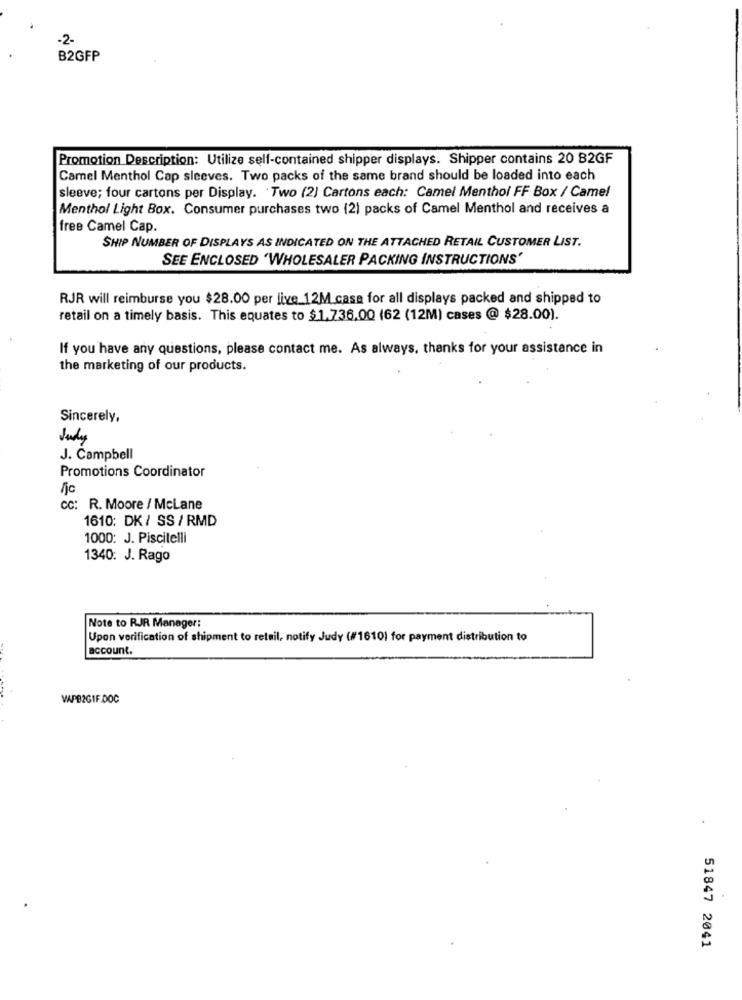
-2.
B2GFP
Promotion Description: Utilize self-contained shipper displays. Shipper contains 20 B2GF
Camel Menthol Cap sleeves. Two packs of the same brand should be loaded into each
sleeve; four cartons per Display. Two (2) Cartons each: Camel Menthol FF Box / Camel
Menthol Light Box. Consumer purchases two (2) packs of Camel Menthol and receives a
free Camel Cap.
SHIP NUMBER OF DISPLAYS AS INDICATED ON THE ATTACHED RETAIL CUSTOMER LIST.
SEE ENCLOSED 'WHOLESALER PACKING INSTRUCTIONS'
RJR will reimburse you $28.00 per live 12M casa for all displays packed and shipped to
retail on a timely basis. This equates to $1.736,00 (62 (12M) cases @ $28.00).
If you have any questions, please contact me. As always, thanks for your assistance in
the marketing of our products.
Sincerely,
Judy
J. Campbell
Promotions Coordinator
fjc
CC: R. Moore / McLane
1610: DK / SS / RMD
1000: J. Piscitelli
1340: J. Rago
Note to RJR Manager:
Upon verification of shipment to retail, notify Judy (#16101 for payment distribution to
account.
VAPB2GIF.DOC
51847 2041